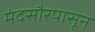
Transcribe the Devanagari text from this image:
मंदसौरपासून